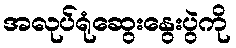
အလုပ်ရုံဆွေးနွေးပွဲကို